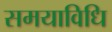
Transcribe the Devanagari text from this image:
समयाविधि